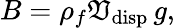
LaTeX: B=\rho_{f}\mathfrak{V}_{\mathrm{{disp}}}\, g,